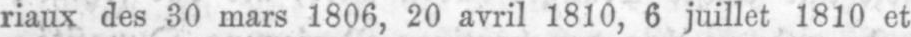
riaux des 30 mars 1806, 20 avril 1810, 6 juillet 1810 et